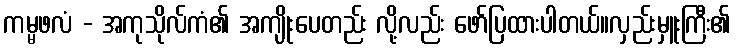
ကမ္မဖလံ - အကုသိုလ်ကံ၏ အကျိုးပေတည်း လို့လည်း ဖော်ပြထားပါတယ်။လှည်းမှူးကြီး၏